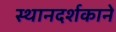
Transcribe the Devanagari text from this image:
स्थानदर्शकाने